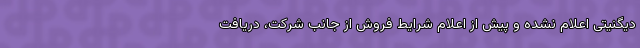
دیگنیتی اعلام نشده و پیش از اعلام شرایط فروش از جانب شرکت، دریافت